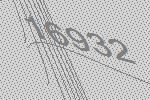
16932